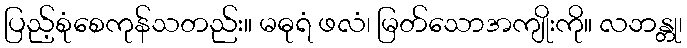
ပြည့်စုံစေကုန်သတည်း။ မဓုရံ ဖလံ၊ မြတ်သောအကျိုးကို။ လဘန္တု၊